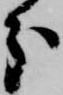
分